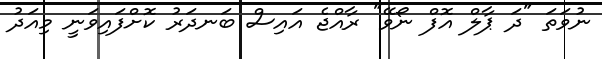
ނުވަތަ "ދަ ޕާލް އޮފް ނޯވޭ" ރާއްޖެ އައިސް ބަނދަރު ކޮށްފައިވަނީ މިއަދު